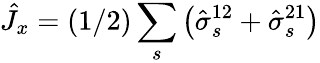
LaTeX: \hat{J}_{x}=(1/2)\sum_{s}\left(\hat{\sigma}_{s}^{12}+\hat{\sigma}_{s}^{21}\right)